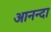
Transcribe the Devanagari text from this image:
आनन्दा